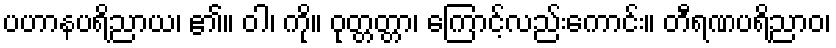
ပဟာနပရိညာယ၊ ၏။ ဝါ၊ ကို။ ဝုတ္တတ္တာ၊ ကြောင့်လည်းကောင်း။ တီရဏပရိညာဝ၊